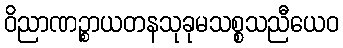
ဝိညာဏဉ္စာယတနသုခုမသစ္စသညီယေဝ